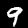
Digit: 9